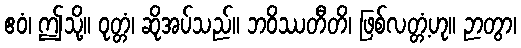
ဧဝံ၊ ဤသို့။ ဝုတ္တံ၊ ဆိုအပ်သည်။ ဘဝိဿတီတိ၊ ဖြစ်လတ္တံ့ဟု။ ဉာတွာ၊